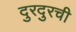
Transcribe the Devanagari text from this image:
दुरदुरची